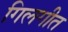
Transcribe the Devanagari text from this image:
गिलगीत